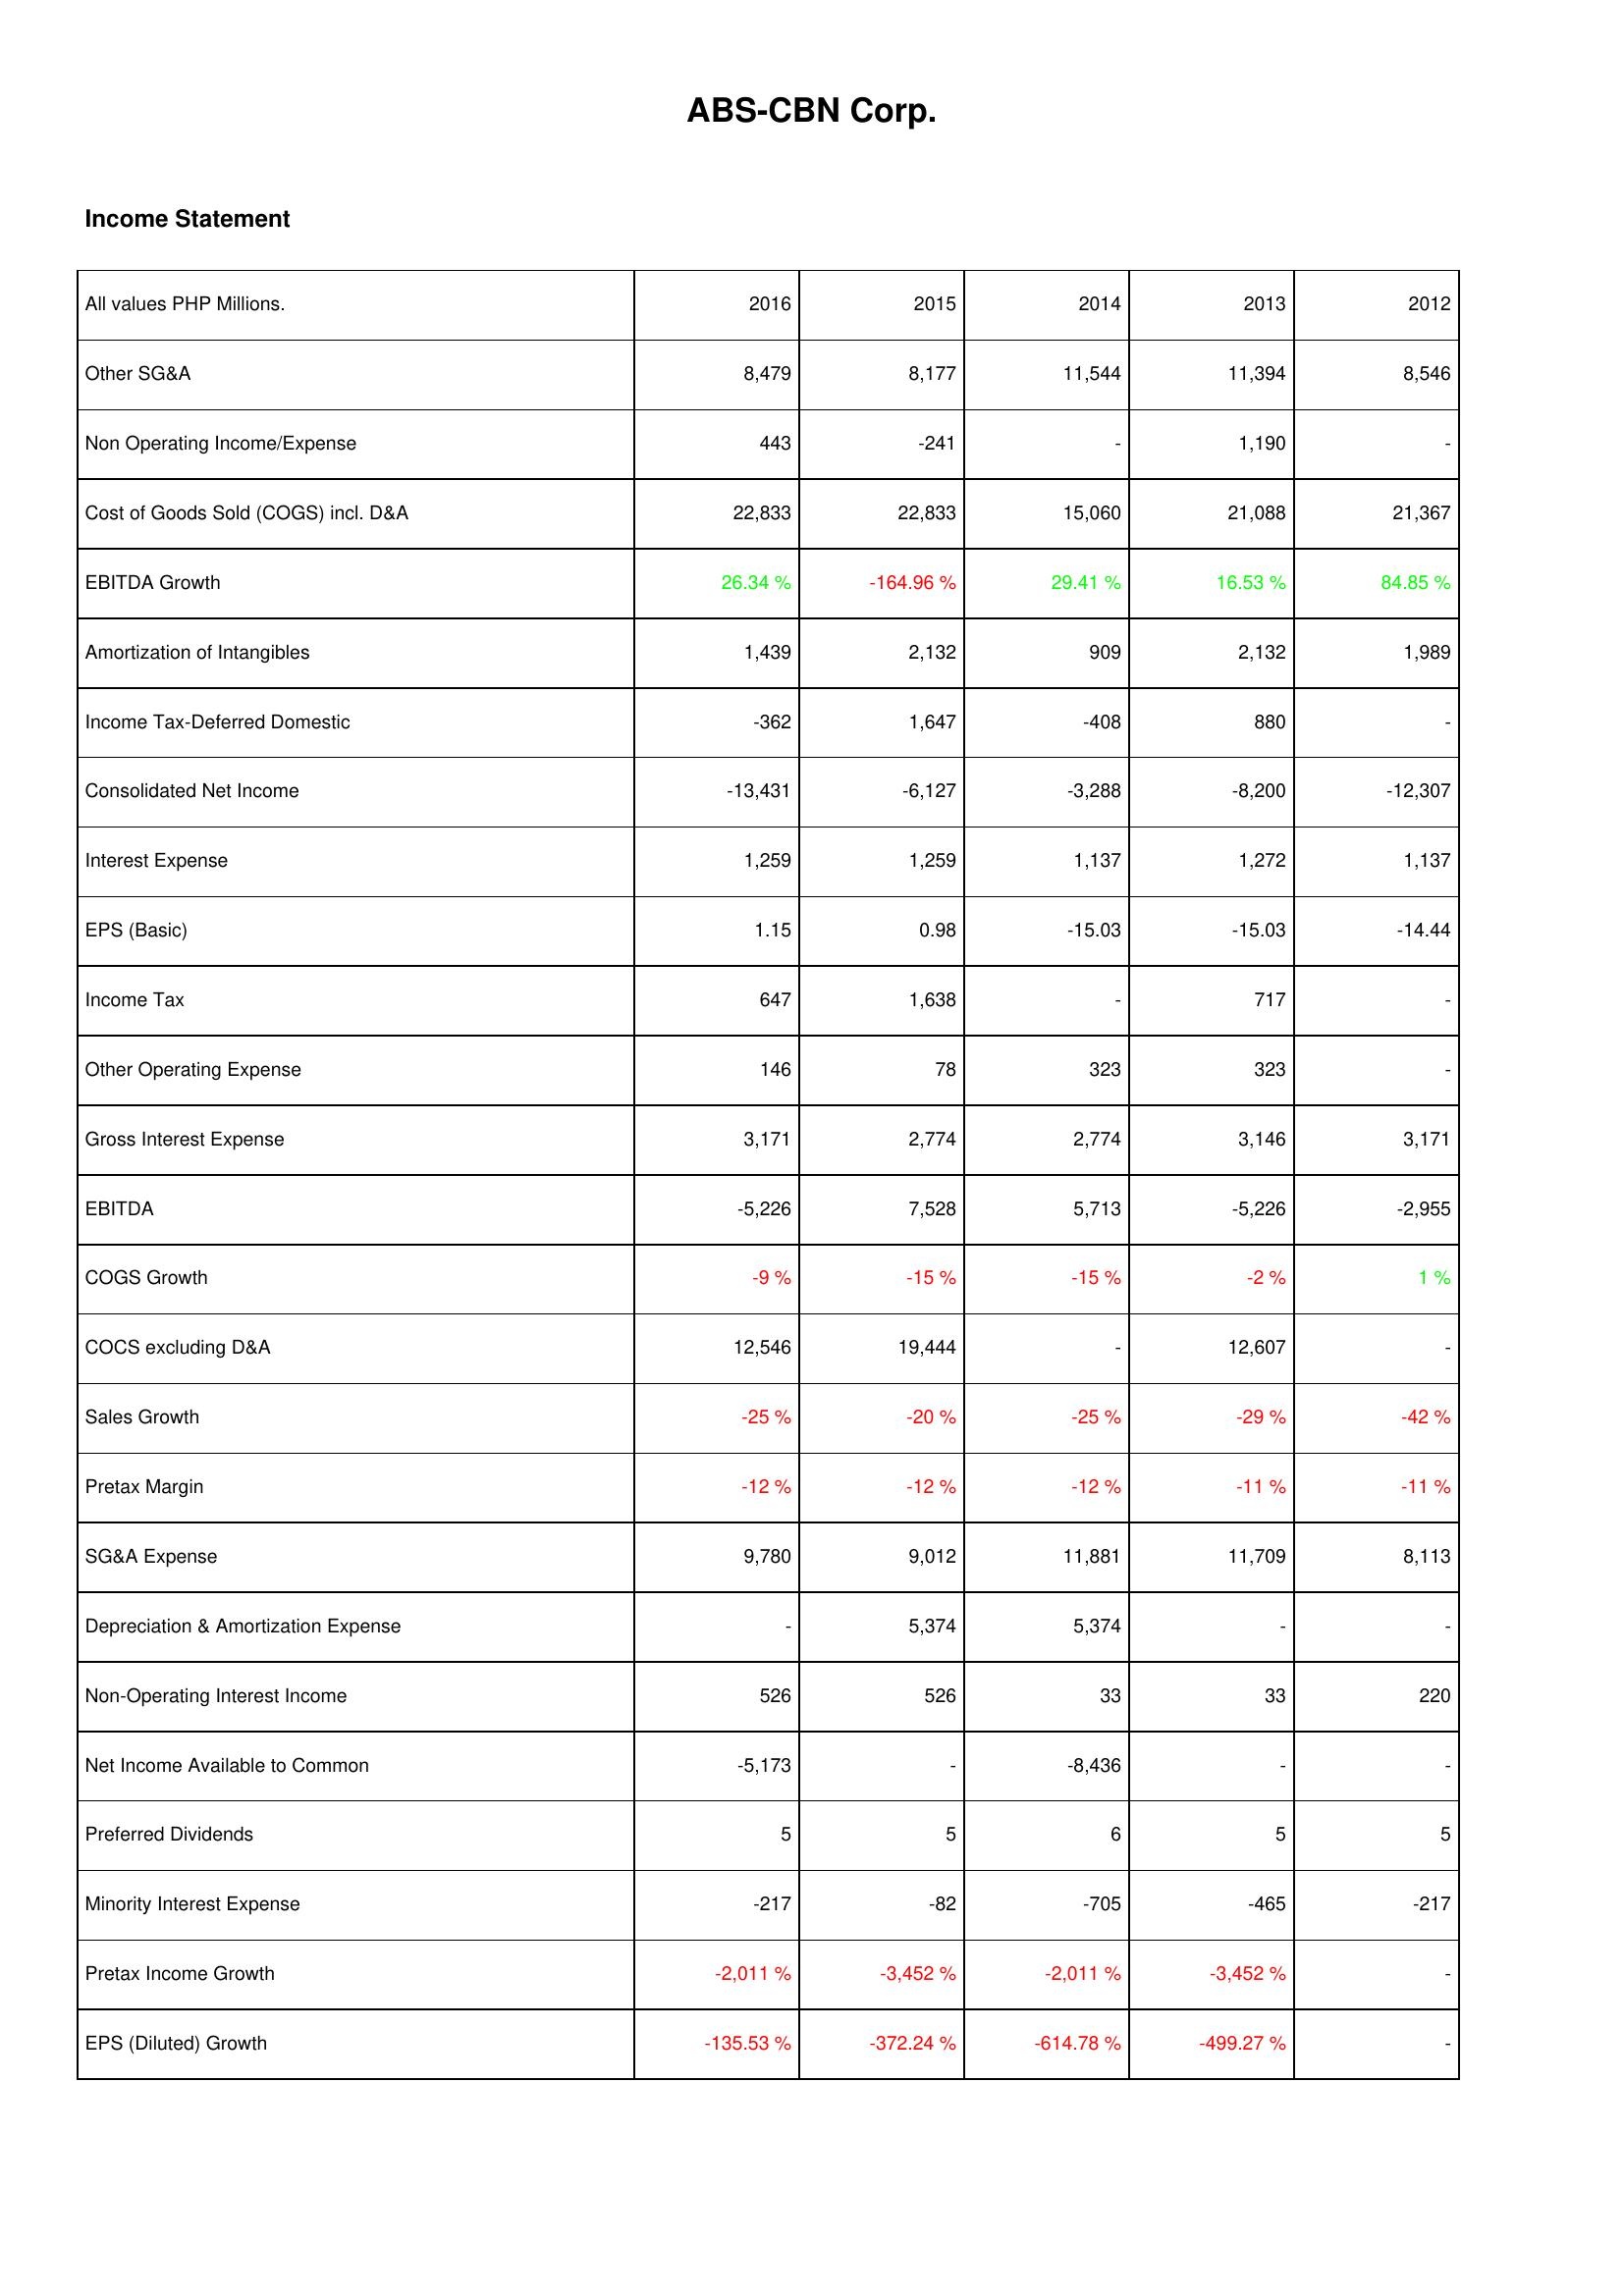
2016: Income Statement: Other SG&A: 8,479
Non Operating Income/Expense: 443
Cost of Goods Sold (COGS) incl. D&A: 22,833
EBITDA Growth: 26.34 %
Amortization of Intangibles: 1,439
Income Tax-Deferred Domestic: -362
Consolidated Net Income: -13,431
Interest Expense: 1,259
EPS (Basic): 1.15
Income Tax: 647
Other Operating Expense: 146
Gross Interest Expense: 3,171
EBITDA: -5,226
COGS Growth: -9 %
COCS excluding D&A: 12,546
Sales Growth: -25 %
Pretax Margin: -12 %
SG&A Expense: 9,780
Depreciation & Amortization Expense: -
Non-Operating Interest Income: 526
Net Income Available to Common: -5,173
Preferred Dividends: 5
Minority Interest Expense: -217
Pretax Income Growth: -2,011 %
EPS (Diluted) Growth: -135.53 %
2015: Income Statement: Other SG&A: 8,177
Non Operating Income/Expense: -241
Cost of Goods Sold (COGS) incl. D&A: 22,833
EBITDA Growth: -164.96 %
Amortization of Intangibles: 2,132
Income Tax-Deferred Domestic: 1,647
Consolidated Net Income: -6,127
Interest Expense: 1,259
EPS (Basic): 0.98
Income Tax: 1,638
Other Operating Expense: 78
Gross Interest Expense: 2,774
EBITDA: 7,528
COGS Growth: -15 %
COCS excluding D&A: 19,444
Sales Growth: -20 %
Pretax Margin: -12 %
SG&A Expense: 9,012
Depreciation & Amortization Expense: 5,374
Non-Operating Interest Income: 526
Net Income Available to Common: -
Preferred Dividends: 5
Minority Interest Expense: -82
Pretax Income Growth: -3,452 %
EPS (Diluted) Growth: -372.24 %
2014: Income Statement: Other SG&A: 11,544
Non Operating Income/Expense: -
Cost of Goods Sold (COGS) incl. D&A: 15,060
EBITDA Growth: 29.41 %
Amortization of Intangibles: 909
Income Tax-Deferred Domestic: -408
Consolidated Net Income: -3,288
Interest Expense: 1,137
EPS (Basic): -15.03
Income Tax: -
Other Operating Expense: 323
Gross Interest Expense: 2,774
EBITDA: 5,713
COGS Growth: -15 %
COCS excluding D&A: -
Sales Growth: -25 %
Pretax Margin: -12 %
SG&A Expense: 11,881
Depreciation & Amortization Expense: 5,374
Non-Operating Interest Income: 33
Net Income Available to Common: -8,436
Preferred Dividends: 6
Minority Interest Expense: -705
Pretax Income Growth: -2,011 %
EPS (Diluted) Growth: -614.78 %
2013: Income Statement: Other SG&A: 11,394
Non Operating Income/Expense: 1,190
Cost of Goods Sold (COGS) incl. D&A: 21,088
EBITDA Growth: 16.53 %
Amortization of Intangibles: 2,132
Income Tax-Deferred Domestic: 880
Consolidated Net Income: -8,200
Interest Expense: 1,272
EPS (Basic): -15.03
Income Tax: 717
Other Operating Expense: 323
Gross Interest Expense: 3,146
EBITDA: -5,226
COGS Growth: -2 %
COCS excluding D&A: 12,607
Sales Growth: -29 %
Pretax Margin: -11 %
SG&A Expense: 11,709
Depreciation & Amortization Expense: -
Non-Operating Interest Income: 33
Net Income Available to Common: -
Preferred Dividends: 5
Minority Interest Expense: -465
Pretax Income Growth: -3,452 %
EPS (Diluted) Growth: -499.27 %
2012: Income Statement: Other SG&A: 8,546
Non Operating Income/Expense: -
Cost of Goods Sold (COGS) incl. D&A: 21,367
EBITDA Growth: 84.85 %
Amortization of Intangibles: 1,989
Income Tax-Deferred Domestic: -
Consolidated Net Income: -12,307
Interest Expense: 1,137
EPS (Basic): -14.44
Income Tax: -
Other Operating Expense: -
Gross Interest Expense: 3,171
EBITDA: -2,955
COGS Growth: 1 %
COCS excluding D&A: -
Sales Growth: -42 %
Pretax Margin: -11 %
SG&A Expense: 8,113
Depreciation & Amortization Expense: -
Non-Operating Interest Income: 220
Net Income Available to Common: -
Preferred Dividends: 5
Minority Interest Expense: -217
Pretax Income Growth: -
EPS (Diluted) Growth: -